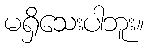
မရှိသေးပါဘူး။